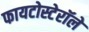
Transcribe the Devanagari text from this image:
फायटोस्टेरॉले